Some observations on the poison of Russell's viper (Daboia russellii) - Number 3
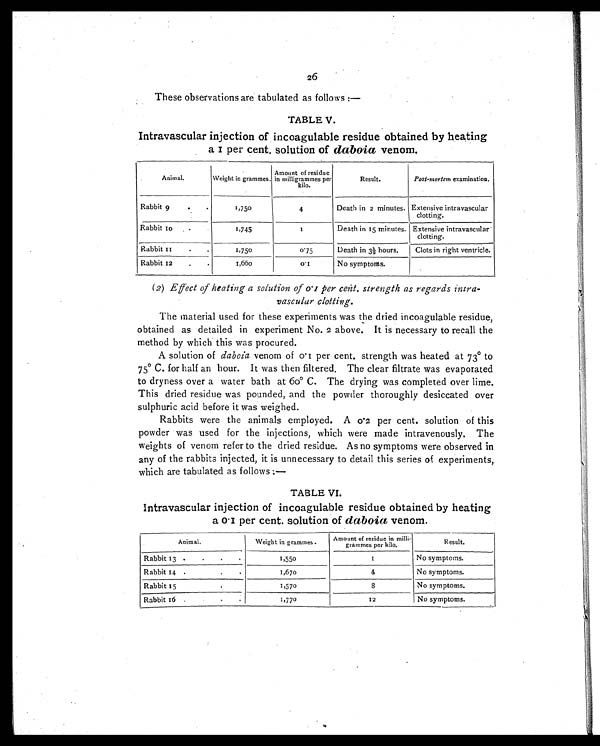
26
These observations are tabulated as follows :—
TABLE v.
Intravascular injection of incoagulable residue obtained by heating
a 1 per cent. solution of daboia venom.
Animal.
Weight in grammes.
Amount of residue
in milligrammes per
kilo.
Result.
Post-mortem examination.
Rabbit 9
. .
1 , 7 5 0
4
Death in 2 minutes. Extensive intravascular
clotting.
Rabbit 10
.
1 , 7 4 5
1
Death in 15 minutes. Extensive intravascular
clotting.
Rabbit 11
.
.
1,750
0.75
Death in 3½ hours.
Clots in right ventricle.
Rabbit 12
. .
1 , 6 6 0
0 . 1
No symptoms.
(2) Effect of heating a solution of 0.1 per cent. strength as regards intra-
vascular clotting.
The material used for these experiments was the dried incoagulable residue,
obtained as detailed in experiment No. 2 above. It is necessary to recall the
method by which this was procured.
A solution of daboia venom of 0.1 per cent. strength was heated at 73° to
75° C. for half an hour. It was then filtered. The clear filtrate was evaporated
to dryness over a water bath at 60° C. The drying was completed over lime.
This dried residue was pounded, and the powder thoroughly desiccated over
sulphuric acid before it was weighed.
Rabbits were the animals employed. A 0.2 per cent, solution of this
powder was used for the injections, which were made intravenously. The
weights of venom refer to the dried residue. As no symptoms were observed in
any of the rabbits injected, it is unnecessary to detail this series of experiments,
which are tabulated as follows :—
TABLE VI.
Intravascular injection of incoagulable residue obtained by heating
a 0.1 per cent. solution of daboia venom.
Animal
Weight in grammes.
Amount of residue in milli-
grammes per kilo.
Result.
Rabbit 13 .
.
.
.
1,550
1
No symptoms.
Rabbit 14 .
. .
1,67o
4
No symptoms.
Rabbit 15
.
1,570
8
No symptoms.
Rabbit 16 .
.
1,770
12
No symptoms.